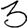
Digit: 3